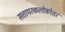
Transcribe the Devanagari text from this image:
सत्तापरकलोकोत्तर